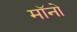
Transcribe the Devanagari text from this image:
मॉनो